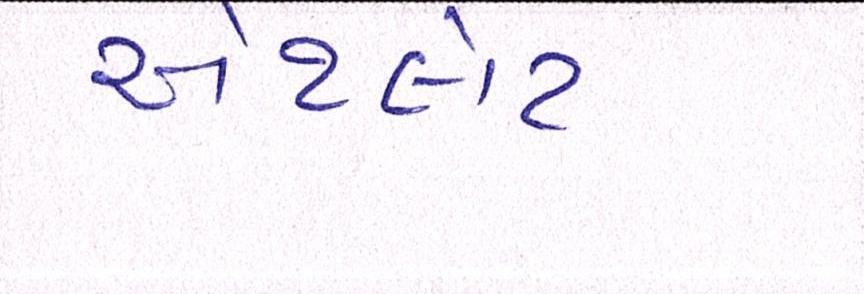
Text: એથ્લેટ